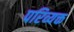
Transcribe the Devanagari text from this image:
परिव्यक्त